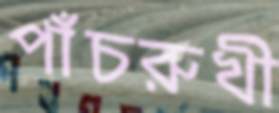
পাঁচরুখী